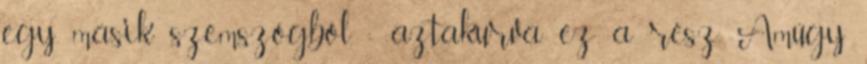
egy másik szemszögből. ; aztakurva ez a rész Amúgy